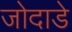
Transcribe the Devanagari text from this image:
जोदाडे